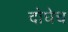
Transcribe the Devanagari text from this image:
दोघेच